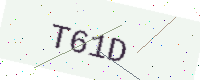
Text: T61D